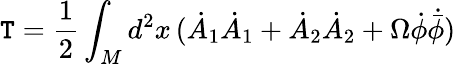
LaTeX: \mathtt{T}=\frac{{1}}{{2}}\int_{M}d^{2}x\, (\dot{{A}}_{1}\dot{{A}}_{1}+\dot{{A}}_{2}\dot{{A}}_{2}+\Omega\dot{{\phi}}\dot{{{\bar{{\phi}}}}})